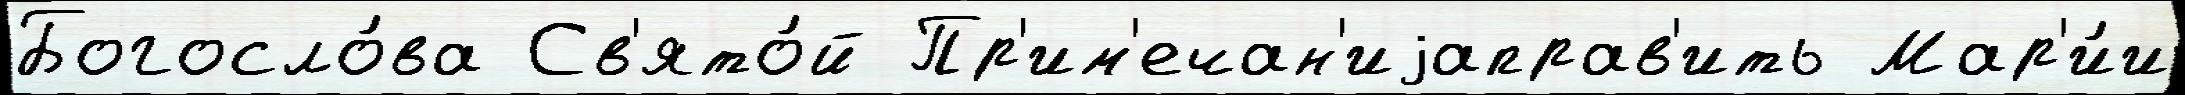
Богосло́ва Св'ято́й Пр'им'ечан'иjаправ'ить Мар'и́и